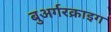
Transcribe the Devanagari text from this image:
बुअर्गरक्राइग